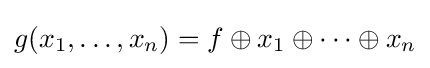
g(x_{1},\dots ,x_{n})=f\oplus x_{1}\oplus \cdots \oplus x_{n}